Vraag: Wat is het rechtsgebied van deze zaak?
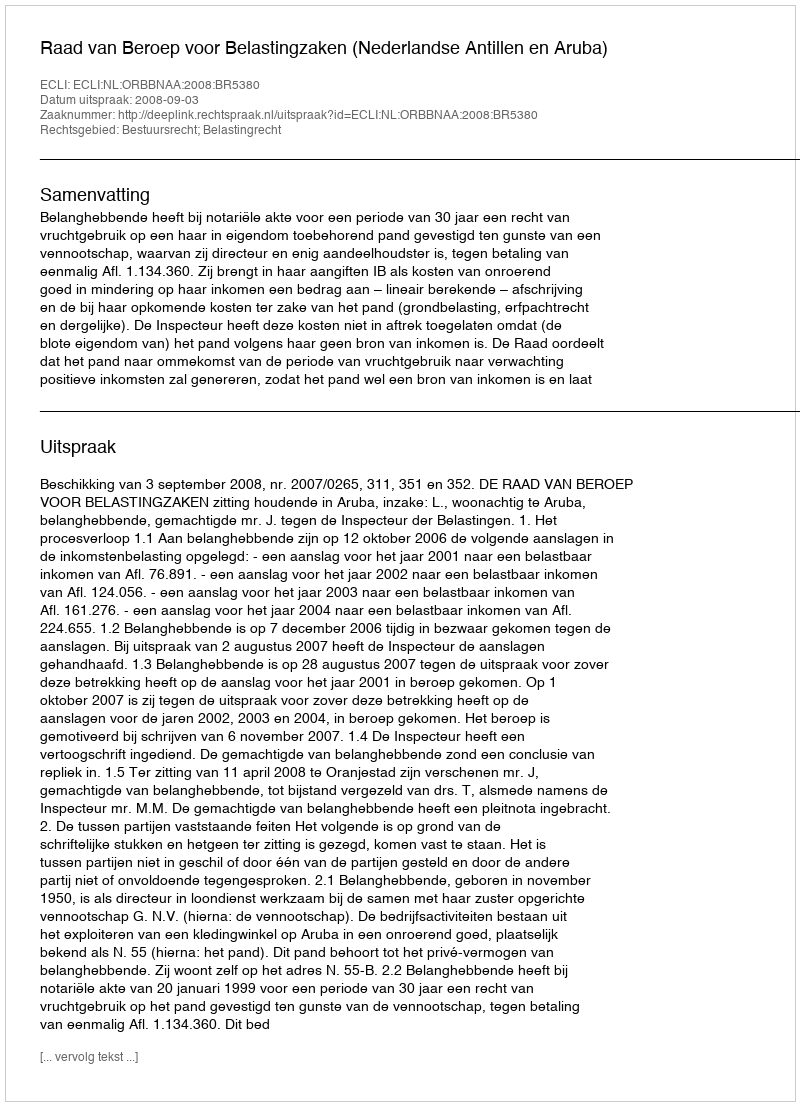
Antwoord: Bestuursrecht; Belastingrecht